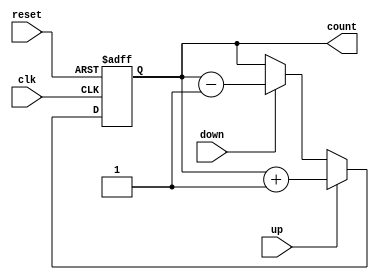
module BidirectionalGrayCounter (
    input wire clk,
    input wire reset,
    input wire up,
    input wire down,
    output reg [3:0] count
);

always @(posedge clk or posedge reset) begin
    if(reset) begin
        count <= 4'b0000;
    end else begin
        if(up) begin
            count <= count + 1;
        end else if(down) begin
            count <= count - 1;
        end
    end
end

endmodule